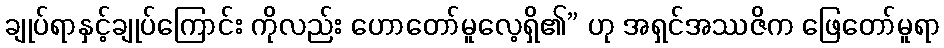
ချုပ်ရာနှင့်ချုပ်ကြောင်း ကိုလည်း ဟောတော်မူလေ့ရှိ၏” ဟု အရှင်အဿဇိက ဖြေတော်မူရာ